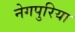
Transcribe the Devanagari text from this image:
नेगपुरिया